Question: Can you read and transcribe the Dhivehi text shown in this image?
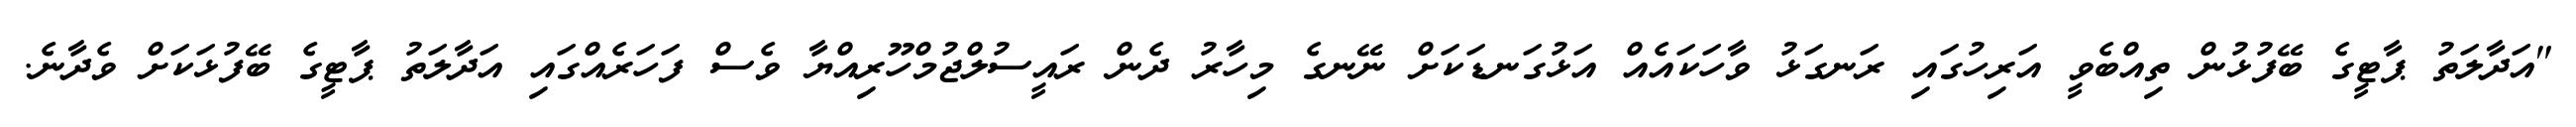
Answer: "އަދާލަތު ޕާޓީގެ ބޭފުޅުން ތިއްބެވީ އަރިހުގައި ރަނގަޅު ވާހަކައެއް އަޅުގަނޑަކަށް ނޭނގެ މިހާރު ދެން ރައީސުލްޖުމްހޫރިއްޔާ ވެސް ފަހަރެއްގައި އަދާލަތު ޕާޓީގެ ބޭފުޅަކަށް ވެދާނެ.